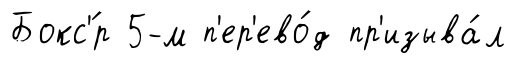
Бокс'́р 5-м п'ер'ево́д пр'изыва́л